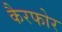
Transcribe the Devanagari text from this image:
कैरफोर